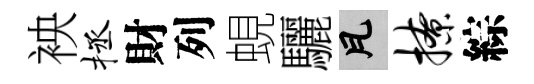
䘧拯財列蜆驪瓦撩綜